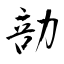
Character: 勏